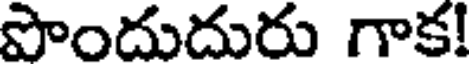
పొందుదురు గాక!